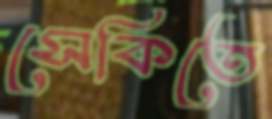
সেকিতে